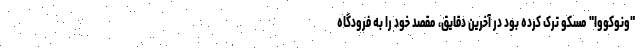
"ونوکووا" مسکو ترک کرده بود در آخرین دقایق، مقصد خود را به فرودگاه